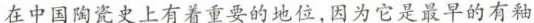
在中国陶瓷史上有着重要的地位，因为它是最早的有釉